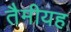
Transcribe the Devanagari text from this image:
तैमीयह